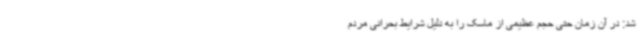
شد: در آن زمان حتی حجم عظیمی از ماسک را به دلیل شرایط بحرانی مردم